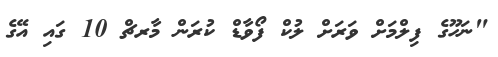
"ނަހޫގެ ފިލްމަށް ވަރަށް ލުކް ފޯވާޑް ކުރަން މާރޗް 10 ގައި އޭގެ